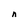
Character: n